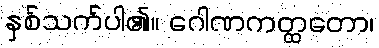
နှစ်သက်ပါ၏။ ဂေါဏကတ္ထတော၊